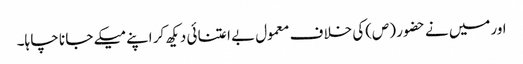
اورمیں نے حضو ر (ص)کی خلا ف معمول بے اعتنا ئی دیکھ کر اپنے میکے جا نا چا ہا۔